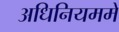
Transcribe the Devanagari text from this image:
अधिनियममें